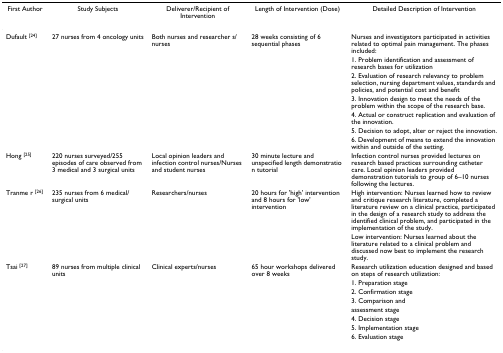
<table><thead><tr><td><b>First Author</b></td><td><b>Study Subjects</b></td><td><b>Deliverer/Recipient of Intervention</b></td><td><b>Length of Intervention (Dose)</b></td><td><b>Detailed Description of Intervention</b></td></tr></thead><tbody><tr><td>Dufault <sup>[24]</sup></td><td>27 nurses from 4 oncology units</td><td>Both nurses and researcher s/nurses</td><td>28 weeks consisting of 6 sequential phases</td><td>Nurses and investigators participated in activities related to optimal pain management. The phases included:</td></tr><tr><td></td><td></td><td></td><td></td><td>1. Problem identification and assessment of research bases for utilization</td></tr><tr><td></td><td></td><td></td><td></td><td>2. Evaluation of research relevancy to problem selection, nursing department values, standards and policies, and potential cost and benefit</td></tr><tr><td></td><td></td><td></td><td></td><td>3. Innovation design to meet the needs of the problem within the scope of the research base.</td></tr><tr><td></td><td></td><td></td><td></td><td>4. Actual or construct replication and evaluation of the innovation.</td></tr><tr><td></td><td></td><td></td><td></td><td>5. Decision to adopt, alter or reject the innovation.</td></tr><tr><td></td><td></td><td></td><td></td><td>6. Development of means to extend the innovation within and outside of the setting.</td></tr><tr><td>Hong <sup>[25]</sup></td><td>220 nurses surveyed/255 episodes of care observed from 3 medical and 3 surgical units</td><td>Local opinion leaders and infection control nurses/Nurses and student nurses</td><td>30 minute lecture and unspecified length demonstratio n tutorial</td><td>Infection control nurses provided lectures on research based practices surrounding catheter care. Local opinion leaders provided demonstration tutorials to group of 6–10 nurses following the lectures.</td></tr><tr><td>Tranme r <sup>[26]</sup></td><td>235 nurses from 6 medical/surgical units</td><td>Researchers/nurses</td><td>20 hours for &#x27;high&#x27; intervention and 8 hours for &#x27;low&#x27; intervention</td><td>High intervention: Nurses learned how to review and critique research literature, completed a literature review on a clinical practice, participated in the design of a research study to address the identified clinical problem, and participated in the implementation of the study.</td></tr><tr><td></td><td></td><td></td><td></td><td>Low intervention: Nurses learned about the literature related to a clinical problem and discussed now best to implement the research study.</td></tr><tr><td>Tsai <sup>[27]</sup></td><td>89 nurses from multiple clinical units</td><td>Clinical experts/nurses</td><td>65 hour workshops delivered over 8 weeks</td><td>Research utilization education designed and based on steps of research utilization:</td></tr><tr><td></td><td></td><td></td><td></td><td>1. Preparation stage</td></tr><tr><td></td><td></td><td></td><td></td><td>2. Confirmation stage</td></tr><tr><td></td><td></td><td></td><td></td><td>3. Comparison and</td></tr><tr><td></td><td></td><td></td><td></td><td>assessment stage</td></tr><tr><td></td><td></td><td></td><td></td><td>4. Decision stage</td></tr><tr><td></td><td></td><td></td><td></td><td>5. Implementation stage</td></tr><tr><td></td><td></td><td></td><td></td><td>6. Evaluation stage</td></tr></tbody></table>